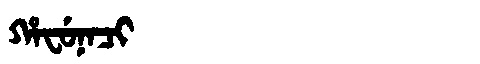
Manchu: ᡥᠠᠸᡠᠨᠠᠴᡳ
Romanization: HAFUNACI